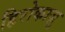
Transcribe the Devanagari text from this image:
हिरोकाज़ु